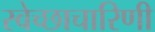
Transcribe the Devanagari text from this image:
स्वेच्छाचारिणी